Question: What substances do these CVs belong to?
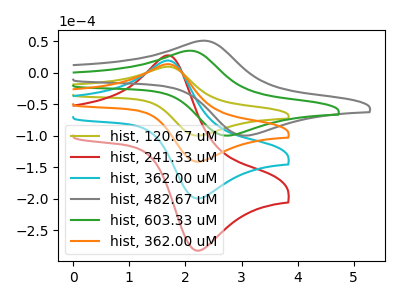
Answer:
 <answer>The olive curve is labeled "hist, 120.67 uM". The red curve is labeled "hist, 241.33 uM". The cyan curve is labeled "hist, 362.00 uM". The gray curve is labeled "hist, 482.67 uM". The green curve is labeled "hist, 603.33 uM". The orange curve is labeled "hist, 362.00 uM".</answer>
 <eval></eval>